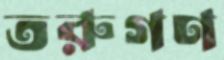
তরুগণ